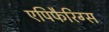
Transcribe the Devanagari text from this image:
एपिफैरिग्स